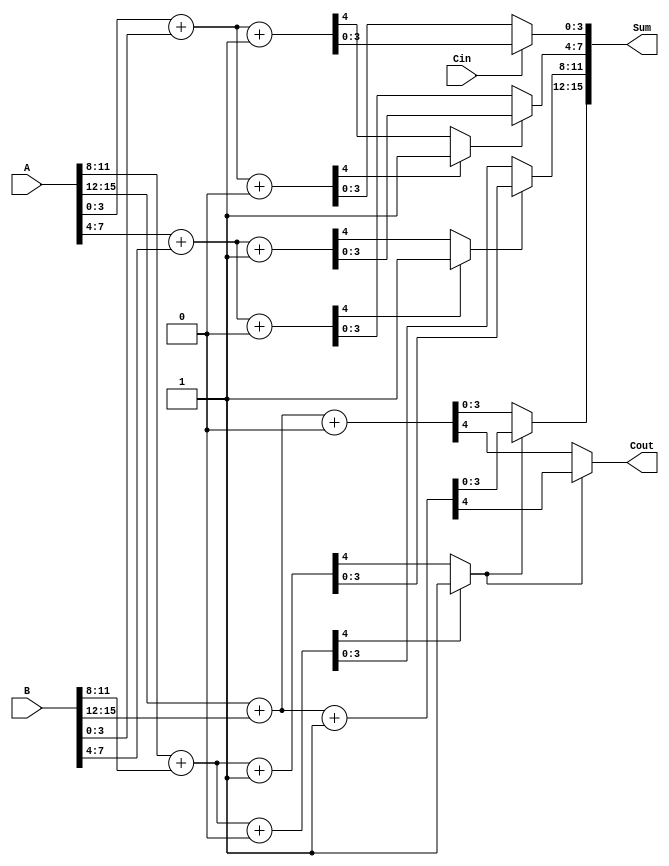
module dynamic_carry_select_adder #(
    parameter N = 16, // Total number of bits
    parameter M = 4    // Block size
)(
    input [N-1:0] A,  // First n-bit input
    input [N-1:0] B,  // Second n-bit input
    input Cin,        // Carry-in
    output [N-1:0] Sum, // n-bit sum output
    output Cout       // Carry-out
);

    localparam BLOCKS = N / M; // Number of blocks
    wire [M-1:0] sum0 [0:BLOCKS-1]; // Sums when carry-in is 0
    wire [M-1:0] sum1 [0:BLOCKS-1]; // Sums when carry-in is 1
    wire carry0 [0:BLOCKS-1]; // Carry-out when carry-in is 0
    wire carry1 [0:BLOCKS-1]; // Carry-out when carry-in is 1
    wire [BLOCKS-1:0] carry_select; // Carry selection signals

    // Generate partial sums and carries for each block
    genvar i;
    generate
        for (i = 0; i < BLOCKS; i = i + 1) begin : block
            wire [M-1:0] A_block = A[i*M +: M];
            wire [M-1:0] B_block = B[i*M +: M];

            // Compute sums and carries for carry-in = 0
            assign {carry0[i], sum0[i]} = A_block + B_block + 1'b0;

            // Compute sums and carries for carry-in = 1
            assign {carry1[i], sum1[i]} = A_block + B_block + 1'b1;

            // Select carry based on previous carry
            if (i == 0) begin
                assign carry_select[i] = Cin;
            end else begin
                assign carry_select[i] = carry0[i-1] ? 1'b1 : carry1[i-1];
            end
        end
    endgenerate

    // Select the appropriate sum based on the carry selection
    generate
        for (i = 0; i < BLOCKS; i = i + 1) begin : sum_select
            assign Sum[i*M +: M] = carry_select[i] ? sum1[i] : sum0[i];
        end
    endgenerate

    // Final carry-out
    assign Cout = carry_select[BLOCKS-1] ? carry1[BLOCKS-1] : carry0[BLOCKS-1];

endmodule